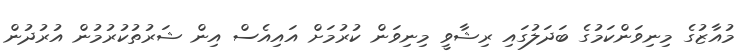
މުއާޒުގެ މިނިވަންކަމުގެ ބަދަލުގައި ރިޝާވީ މިނިވަން ކުރުމަށް އައިއެސް އިން ޝަރުތުކުރުމުން އުރުދުން